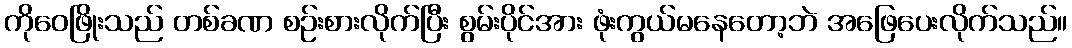
ကိုဝေဖြိုးသည် တစ်ခဏ စဉ်းစားလိုက်ပြီး စွမ်းပိုင်အား ဖုံးကွယ်မနေတော့ဘဲ အဖြေပေးလိုက်သည်။